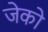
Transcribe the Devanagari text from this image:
जेको